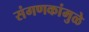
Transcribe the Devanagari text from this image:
संगणकांमुळे